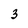
Character: 3